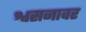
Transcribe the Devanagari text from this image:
श्वसनावर